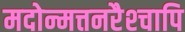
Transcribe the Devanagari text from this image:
मदोन्मत्तनरैश्‍चापि